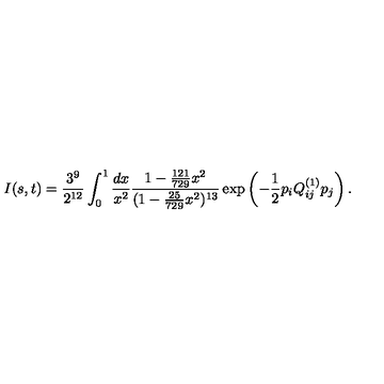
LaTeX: I ( s , t ) = \frac { 3 ^ { 9 } } { 2 ^ { 1 2 } } \int _ { 0 } ^ { 1 } \frac { d x } { x ^ { 2 } } \frac { 1 - \frac { 1 2 1 } { 7 2 9 } x ^ { 2 } } { ( 1 - \frac { 2 5 } { 7 2 9 } x ^ { 2 } ) ^ { 1 3 } } \exp \left( - \frac { 1 } { 2 } p _ { i } Q _ { i j } ^ { ( 1 ) } p _ { j } \right) .